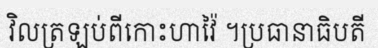
វិលត្រឡប់ពីកោះហាវ៉ៃ ។ប្រធានាធិបតី